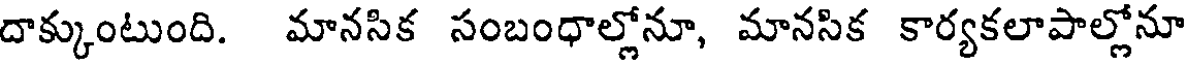
దాక్కుంటుంది. మానసిక సంబంధాల్లోనూ, మానసిక కార్యకలాపాల్లోనూ